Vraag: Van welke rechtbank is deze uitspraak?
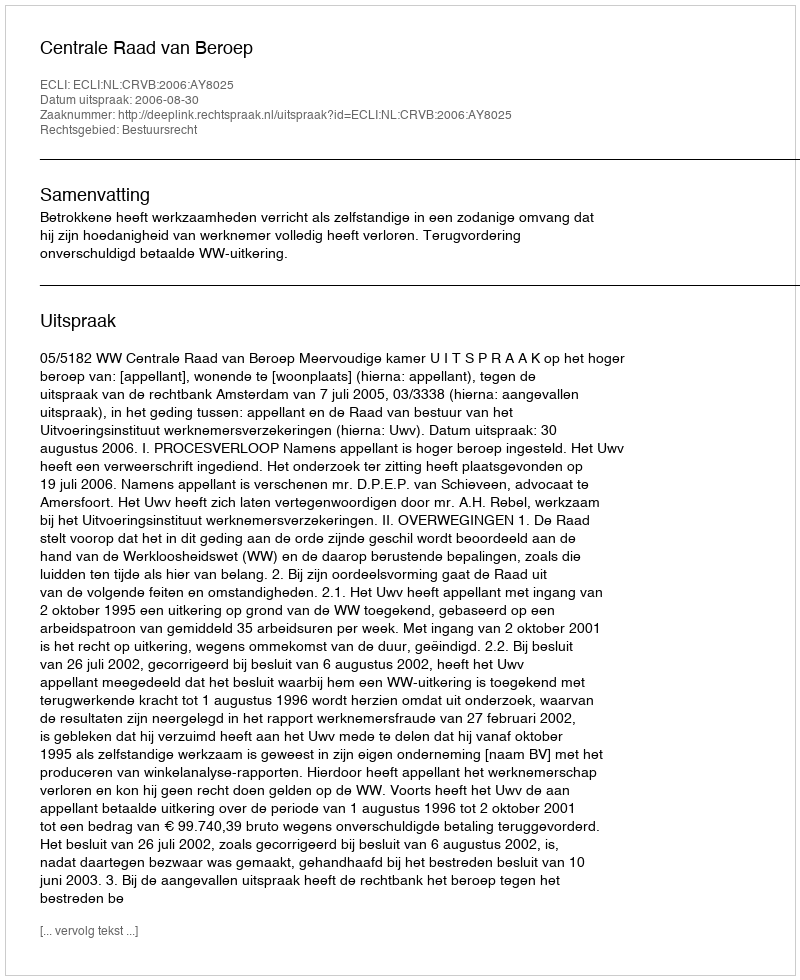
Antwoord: Centrale Raad van Beroep